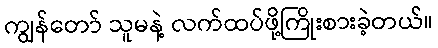
ကျွန်တော် သူမနဲ့ လက်ထပ်ဖို့ကြိုးစားခဲ့တယ်။